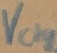
Text: Vcharge